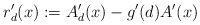
\begin{align*}r'_d(x) := A'_d(x) - g'(d)A'(x)\end{align*}